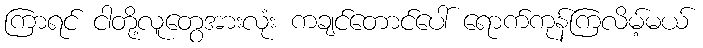
ကြာရင် ငါတို့လူတွေအားလုံး ကချင်တောင်ပေါ် ရောက်ကုန်ကြလိမ့်မယ်